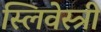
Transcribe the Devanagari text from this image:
स्लिवेस्त्री